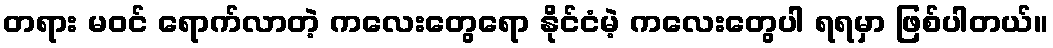
တရား မ၀င် ရောက်လာတဲ့ ကလေးတွေရော နိုင်ငံမဲ့ ကလေးတွေပါ ရရမှာ ဖြစ်ပါတယ်။